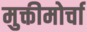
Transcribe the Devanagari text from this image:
मुक्तीमोर्चा